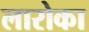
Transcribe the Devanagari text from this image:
लारोका